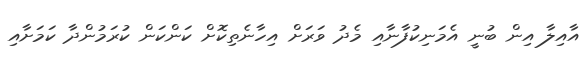
އާއިލާ އިން ބުނީ އެމަނިކުފާނާއި މެދު ވަރަށް އިހާނެތިކޮށް ކަންކަން ކުރަމުންދާ ކަމަށާއި